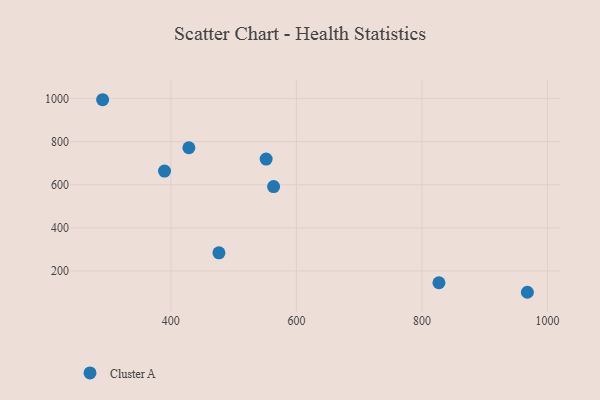
{"axis": {"x": "Ad Spend", "y": "Rating"}, "legend": ["Cluster A"], "data": [{"x": "291.3", "y": 994.7, "type": "Cluster A"}, {"x": "968.0", "y": 101.1, "type": "Cluster A"}, {"x": "827.1", "y": 145.4, "type": "Cluster A"}, {"x": "389.9", "y": 663.7, "type": "Cluster A"}, {"x": "476.6", "y": 284.4, "type": "Cluster A"}, {"x": "428.7", "y": 771.9, "type": "Cluster A"}, {"x": "551.8", "y": 719.4, "type": "Cluster A"}, {"x": "563.7", "y": 591.8, "type": "Cluster A"}]}